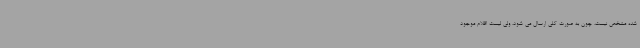
شده مشخص نیست، چون به صورت کلی ارسال می شود، ولی لیست اقلام موجود